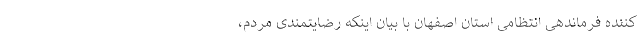
کننده فرماندهی انتظامی استان اصفهان با بیان اینکه رضایتمندی مردم،